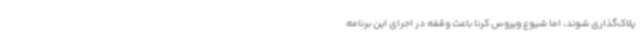
پلاک‌گذاری شوند، اما شیوع ویروس کرنا باعث وقفه در اجرای این برنامه